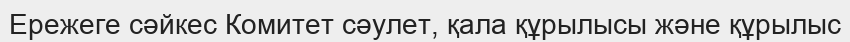
Ережеге сәйкес Комитет сәулет, қала құрылысы және құрылыс